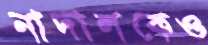
নাদালকেও